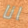
انا